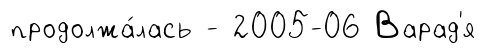
продолжа́лась - 2005-06 Варад'я